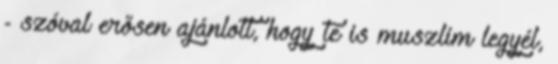
- szóval erősen ajánlott, hogy te is muszlim legyél,